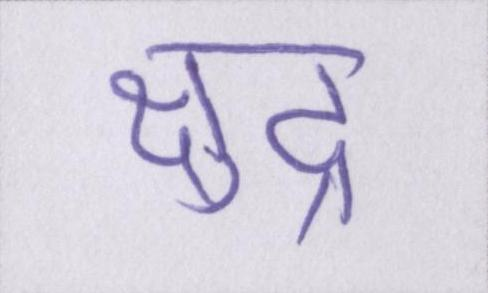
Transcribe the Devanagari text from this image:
क्षुद्र